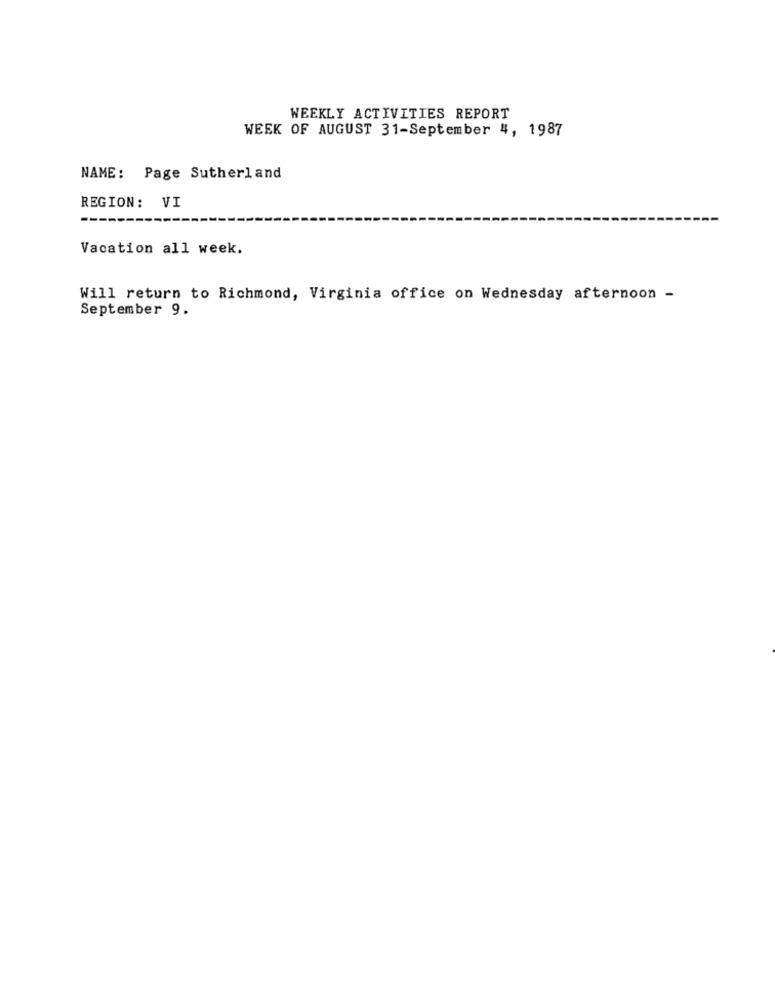
WEEKLY ACTIVITIES REPORT
WEEK OF AUGUST 31-September 4, 1987
NAME: Page Sutherland
REGION: VI
Vacation all week.
Will return to Richmond, Virginia office on Wednesday afternoon -
September 9.